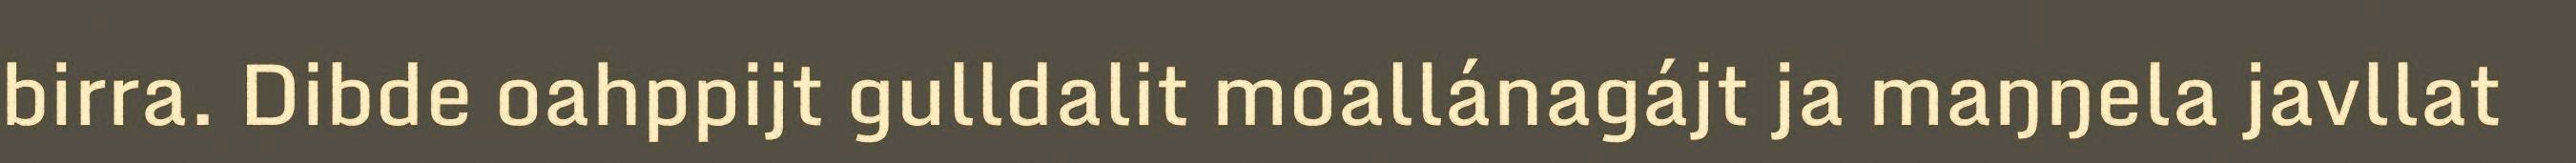
birra. Dibde oahppijt gulldalit moallánagájt ja maŋŋela javllat